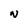
Character: N